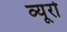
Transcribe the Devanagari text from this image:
व्‍यूरो